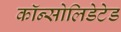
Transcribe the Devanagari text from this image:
कॉन्सोलिडेटेड